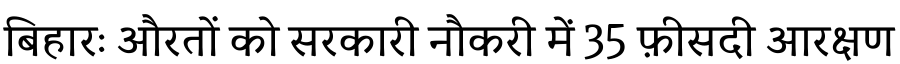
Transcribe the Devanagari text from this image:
बिहारः औरतों को सरकारी नौकरी में 35 फ़ीसदी आरक्षण